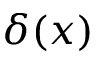
\delta ( x )